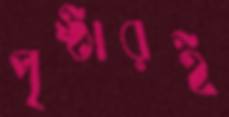
পৃষ্ঠারই